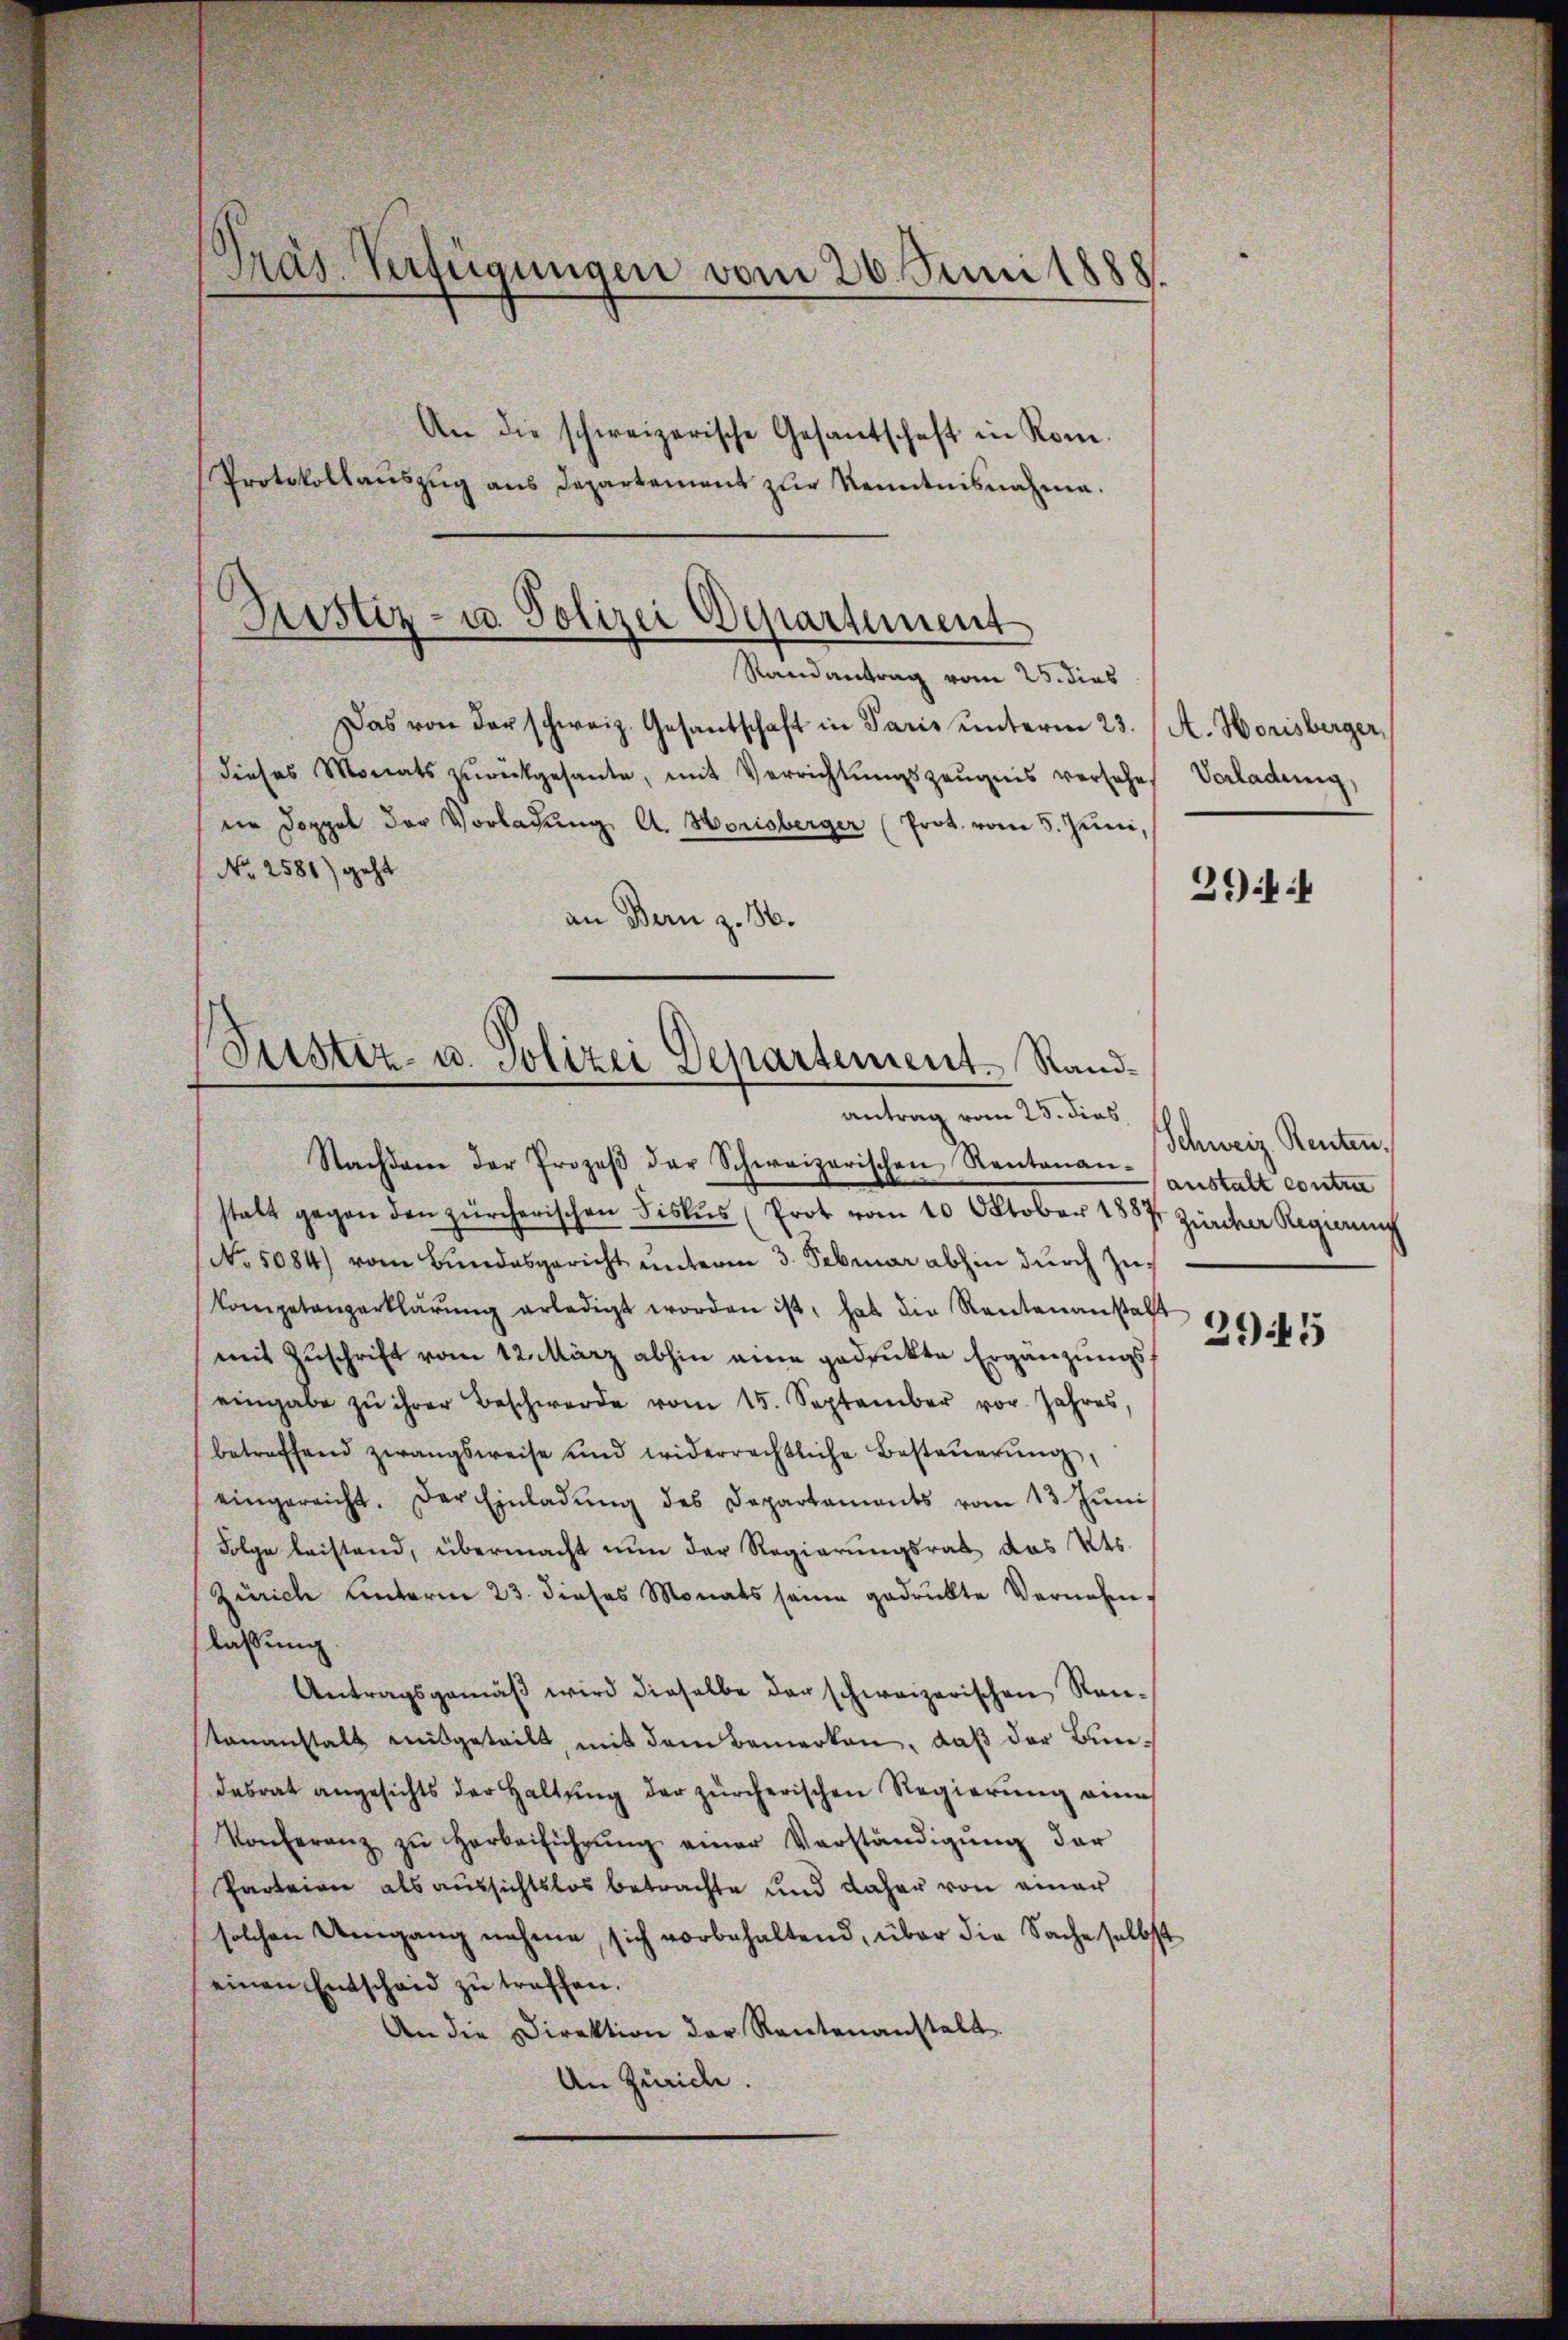
Präs. Verfügungen vom 26. Juni 1888
An die schweizerische Gesantschaft in Rom.
Protokollaŭszŭg ans Departement zŭr Kenntnisnahme.

eie Doppel der Vorladung A. Horisberger (Prot. vom 5. Juni,

Justiz- u. Polizei Departement
Randantrag vom 25. dies
Das von der schweiz. Gesantschaft in Paris ŭnterm 23. (A. Horisberger,

dieses Monats zŭrückgesante, mit Verrichtŭngszeŭgnis versehe Vorladeng,
No 2581) geht
an Bern z. 36.

Suster- u. Polizei Departement. Randantrag vom 23. dies

Nachdem der Prozeβ der Schweizerischen Rentanan-
stalt gegen den zürcherischen Fiskus (Prot vom 10. Oktober 1887, Zürcher Regierung
No. 5084) vom Bŭndesgericht ŭnterm 3. Februar abhin dŭrch Zu¬
Kompetanzerklärŭng erledigt worden ist, hat die Rautenanstalt
mit Zuschrift vom 12. März abhin eine gedruckte Ergänzungseingabe zu ihrer Beschwerde vom 15. September vor. Jahres,
betreffend zwangsweise und widerrechtliche Besteŭerŭng,
eingereicht. Der Einladŭng des Departaments vom 13. Jŭni
Folge beistand, übermacht nun der Regierungsrat das Kts.
Zürich unterm 23. dieses Monats seine gedrukte Vernehmlassung
Antragsgemäβ wird dieselbe der schweizerischen Rau¬
Stananstalt mitgeteilt, mit dem Bemerken, daß der Bundesrat angesichts der Haltung der zürcherischen Regierung eine
Vonferenz zŭ herbeiführŭng einer Verständigŭng dar
Parteien als aussichtslos betrachte und daher von einer
solchen Umgang nehme, sich vorbehaltend, über die Sache selbst
einen Entscheid zu treffen.
An die Direktion der Rautenanstalt.
An Zürich.

39ff

Schweiz. Renten,
anstalt contra

39445